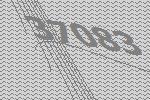
37083